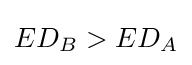
ED_{B}>ED_{A}